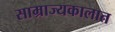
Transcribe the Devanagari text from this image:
साम्राज्यकालात